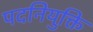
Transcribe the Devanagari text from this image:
पदनियुक्ति